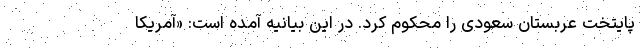
پایتخت عربستان سعودی را محکوم کرد. در این بیانیه آمده است: «آمریکا